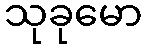
သုခုမော